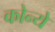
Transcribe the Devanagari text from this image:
कोन्ये